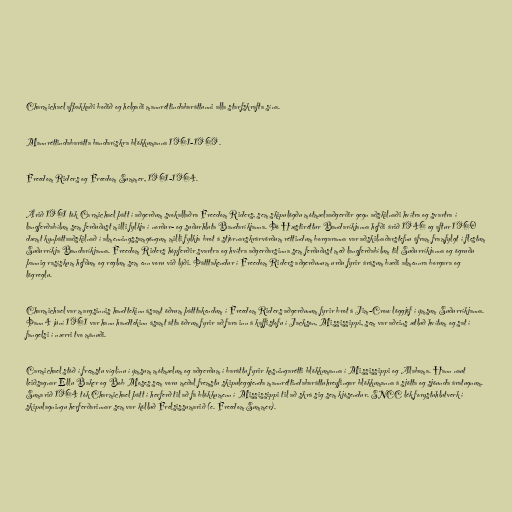
Charmichael afþakkaði boðið og helgaði mannréttindabaráttunni alla starfskrafta sína.

Mannréttindabarátta bandarískra blökkumanna 1961-1969.

Freedom Riders og Freedom Summer, 1961-1964.

Árið 1961 tók Carmichael þátt í aðgerðum svokallaðra Freedom Riders, sem skipulögðu mótmælaaðgerðir gegn aðskilnaði hvítra og svartra í
langferðabílum sem ferðuðust milli fylkja í norður- og suðurhluta Bandaríkjanna. Þó Hæstiréttur Bandaríkjanna hefði árið 1946 og aftur 1960
dæmt kynþáttaaðskilnað í almenningssamgöngum milli fylkja brot á stjórnarskrárvörðum réttindum borgaranna var aðskilnaðarstefnu áfram framfylgt í flestum
Suðurríkja Bandaríkjanna. Freedom Riders hópferðir svartra og hvítra aðgerðarsinna sem ferðuðust með langferðabílum til Suðurríkjanna og ögruðu
þannig rasískum hefðum og reglum sem enn voru við lýði. Þátttakendur í Freedom Riders aðgerðunum urðu fyrir árásum bæði almennra borgara og
lögreglu.

Charmichael var margsinnis handtekinn ásamt öðrum þátttakendum í Freedom Riders aðgerðunum fyrir brot á Jim-Crow löggjöf í ýmsum Suðurríkjanna.
Þann 4 júní 1961 var hann handtekinn ásamt átta öðrum fyrir að fara inn á kaffistofu í Jackson, Mississippi, sem var aðeins ætluð hvítum og sat í
fangelsi í nærri tvo mánuði.

Carmichael stóð í fremstu víglínu í ýmsum mótmælum og aðgerðum í baráttu fyrir kosningarétti blökkumanna í Mississippi og Alabama. Hann naut
leiðsagnar Ellu Baker og Bob Moses sem voru meðal fremstu skipuleggjenda mannréttindabaráttuhreyfingar blökkumanna á sjötta og sjöunda áratugnum.
Sumarið 1964 tók Charmichael þátt í herferð til að fá blökkumenn í Mississippi til að skrá sig sem kjósendur. SNCC lék forystuhlutverk í
skipulagningu herferðarinnar sem var kölluð Frelsissumarið (e. Freedom Summer).